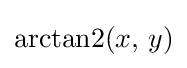
\operatorname {arctan2} (x,\,y)